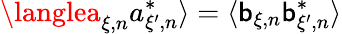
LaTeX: \langlea_{\xi,n}a_{\xi^{\prime},n}^{*}\rangle=\langle\mathsf{b}_{\xi,n}\mathsf{b}_{\xi^{\prime},n}^{*}\rangle